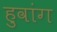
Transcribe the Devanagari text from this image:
हुवांग